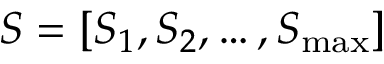
\boldsymbol { S } = [ S _ { 1 } , S _ { 2 } , \dots , S _ { \mathrm { m a x } } ]